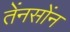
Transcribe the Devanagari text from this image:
तेंनसोंन